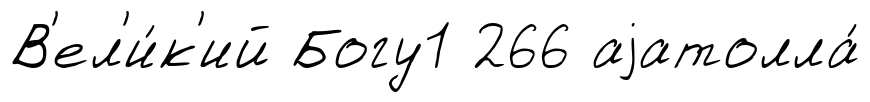
В'ел'и́к'ий Богу1 266 аjатолла́